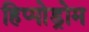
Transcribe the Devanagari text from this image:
हिप्पोड्रोम